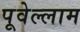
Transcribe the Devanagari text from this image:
पूवेल्लाम